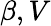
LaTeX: \beta,V